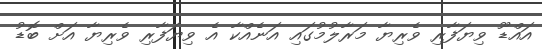
އައްޑޫ ވިޔަފާރި ވެރިޔާ މަރާލުމުގައި އަނެއްކާ އެ ވިޔަފާރި ވެރިޔާ އަށް ބޮޑު